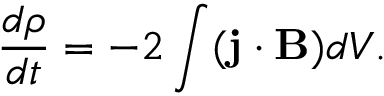
\frac { d \rho } { d t } = - 2 \int ( \mathbf { j } \cdot \mathbf { B } ) d V .